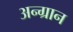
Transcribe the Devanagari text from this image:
अन्ग्रान